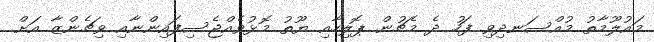
މައުލޫމާތު މުއްސަނދިވި ފަހު ދެ މެޗުން ޕޮލިހާއި ޔޫތު މޮޅުވެއްޖެސިފައިންނާއި ވިޗެންޒާ އަށް